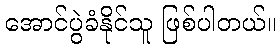
အောင်ပွဲခံနိုင်သူ ဖြစ်ပါတယ်။